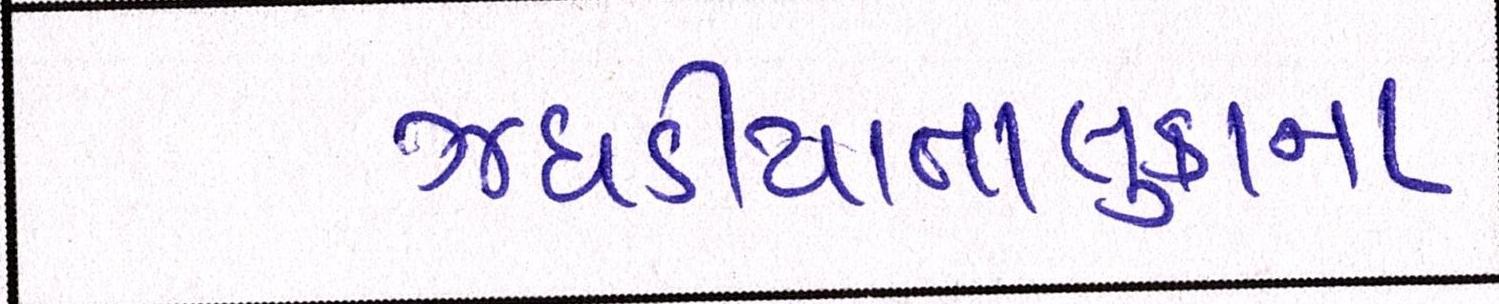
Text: ઝઘડીયાતાલુકાના